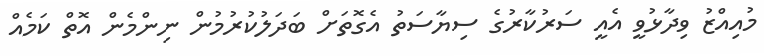
މުއިއްޒު ވިދާޅުވީ އެއީ ސަރުކާރުގެ ސިޔާސަތު އެގޮތަށް ބަދަލުކުރުމުން ނިންމެން އޮތް ކަމެއް